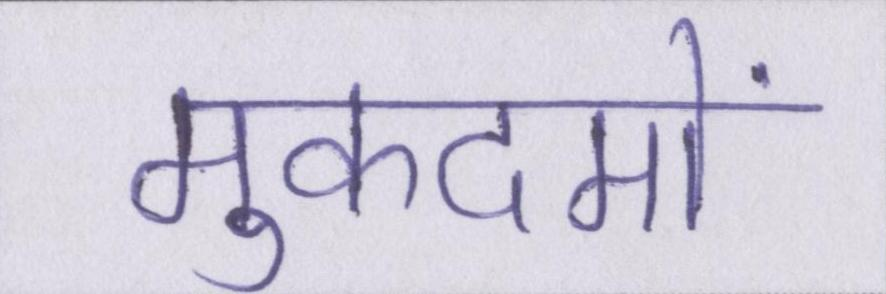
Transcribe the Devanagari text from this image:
मुकदमों